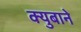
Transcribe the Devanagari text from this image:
क्युबाने